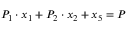
P _ { 1 } \cdot x _ { 1 } + P _ { 2 } \cdot x _ { 2 } + x _ { 5 } = P